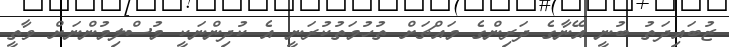
ޒުބައިދަތު ބުނީ އޭނާގެ ދަރިންގެ މައްޗަށް ތުހުމަތުކުރަނީ އެ ކުދިންނަކީ މުސްލިމުންނަށް ވާތީ